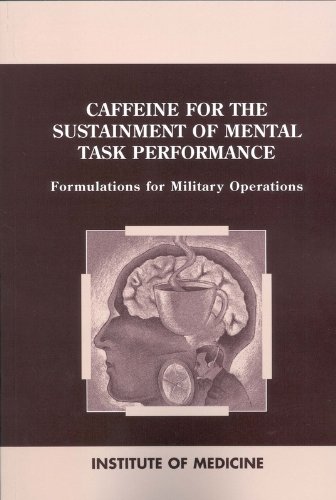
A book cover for Caffeine for the Sustainment of Mental Task Performance: Formulations for Military Operations; Committee on Military Nutrition Research; Health, Fitness & Dieting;